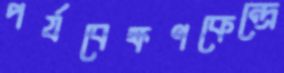
পর্যবেক্ষণকেন্দ্রে